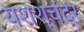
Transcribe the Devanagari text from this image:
यशश्चंद्र